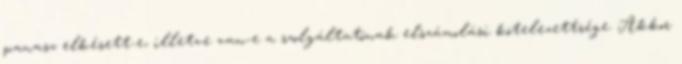
panasz elkésett-e, illetve van-e a szolgáltatónak elszámolási kötelezettsége. Akkor